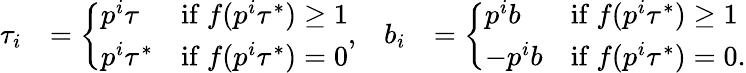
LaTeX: \begin{array}{rlrl}{\tau_{i}}&{=\left\{ \begin{array}{ll}{p^{i}\tau}&{\mathrm{if~}f(p^{i}\tau^{*})\geq 1}\\ {p^{i}\tau^{*}}&{\mathrm{if~}f(p^{i}\tau^{*})=0}\end{array}\right.,}&{b_{i}}&{=\left\{ \begin{array}{ll}{p^{i}b}&{\mathrm{if~}f(p^{i}\tau^{*})\geq 1}\\ {-p^{i}b}&{\mathrm{if~}f(p^{i}\tau^{*})=0.}\end{array}\right.}\end{array}